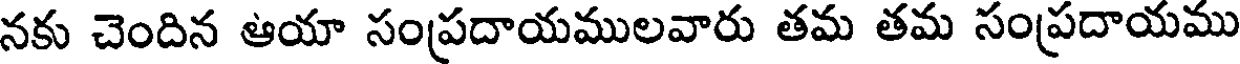
నకు చెందిన ఆయా సంప్రదాయములవారు తమ తమ సంప్రదాయము